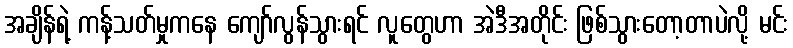
အချိန်ရဲ့ ကန့်သတ်မှုကနေ ကျော်လွန်သွားရင် လူတွေဟာ အဲဒီအတိုင်း ဖြစ်သွားတော့တာပဲလို့ မင်း